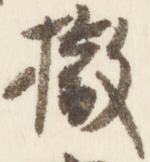
撤